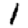
Digit: 1